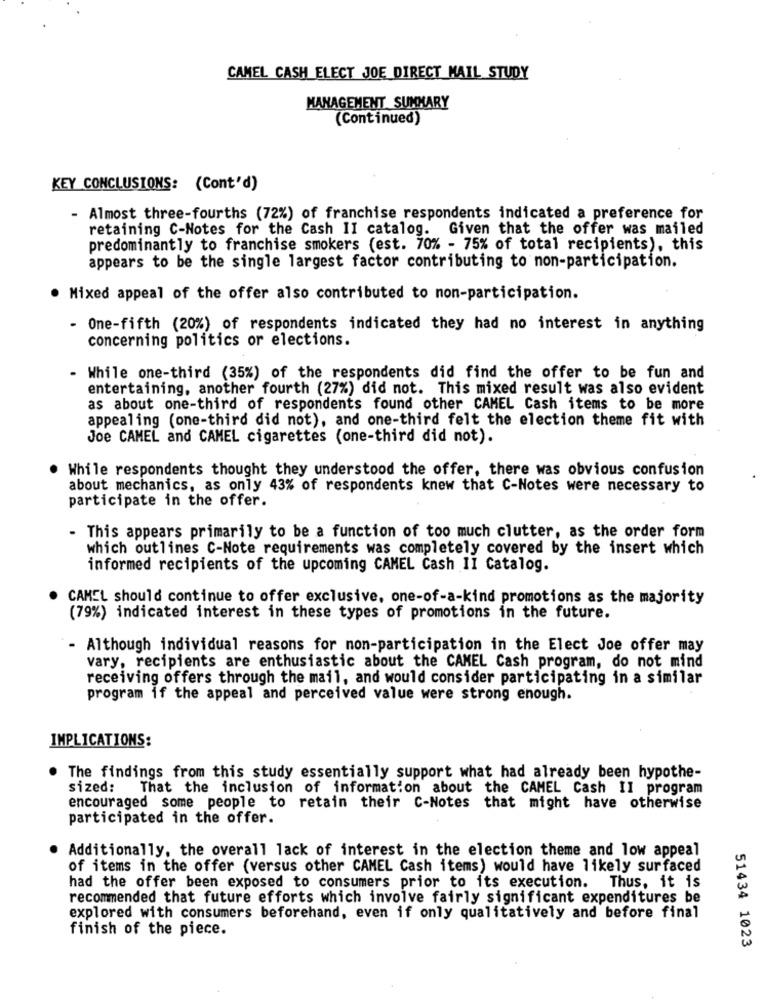
CAMEL CASH ELECT JOE DIRECT MAIL STUDY
MANAGEMENT SUMMARY
(Continued)
KEY CONCLUSIONS: (Cont'd)
- Almost three-fourths (72%) of franchise respondents indicated a preference for
retaining C-Notes for the Cash II catalog. Given that the offer was mailed
predominantly to franchise smokers (est. 70% - 75% of total recipients), this
appears to be the single largest factor contributing to non-participation.
. Mixed appeal of the offer also contributed to non-participation.
One-fifth (20%) of respondents indicated they had no interest in anything
concerning politics or elections.
- While one-third (35%) of the respondents did find the offer to be fun and
entertaining, another fourth (27%) did not. This mixed result was also evident
as about one-third of respondents found other CAMEL Cash items to be more
appealing (one-third did not), and one-third felt the election theme fit with
Joe CAMEL and CAMEL cigarettes (one-third did not).
While respondents thought they understood the offer, there was obvious confusion
about mechanics, as only 43% of respondents knew that C-Notes were necessary to
participate in the offer.
- This appears primarily to be a function of too much clutter, as the order form
which outlines C-Note requirements was completely covered by the insert which
informed recipients of the upcoming CAMEL Cash II Catalog.
CAMEL should continue to offer exclusive, one-of-a-kind promotions as the majority
(79%) indicated interest in these types of promotions in the future.
- Although individual reasons for non-participation in the Elect Joe offer may
vary, recipients are enthusiastic about the CAMEL Cash program, do not mind
receiving offers through the mail, and would consider participating in a similar
program if the appeal and perceived value were strong enough.
IMPLICATIONS:
The findings from this study essentially support what had already been hypothe-
sized:
That the inclusion of information about the CAMEL Cash II program
encouraged some people to retain their C-Notes that might have otherwise
participated in the offer.
Additionally, the overall lack of interest in the election theme and low appeal
of items in the offer (versus other CAMEL Cash items) would have likely surfaced
had the offer been exposed to consumers prior to its execution. Thus, it is
recommended that future efforts which involve fairly significant expenditures be
explored with consumers beforehand, even if only qualitatively and before final
finish of the piece.
51434 1023